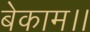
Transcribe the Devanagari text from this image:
बेकाम।।